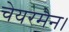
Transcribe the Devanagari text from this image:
चेयरमैन।